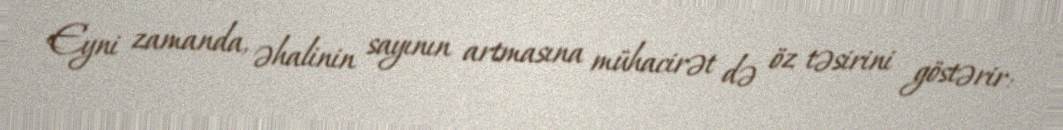
Eyni zamanda, əhalinin sayının artmasına mühacirət də öz təsirini göstərir: